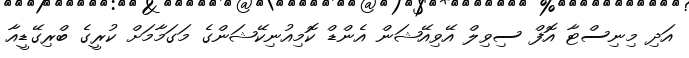
އަދި މިނިސްޓާ އޮފް ސިވިލް އޭވިއޭޝަން އެންޑް ކޮމިއުނިކޭޝަންގެ މަގަމާމަށް ކުރީގެ ބްރިގޭޑީއާ